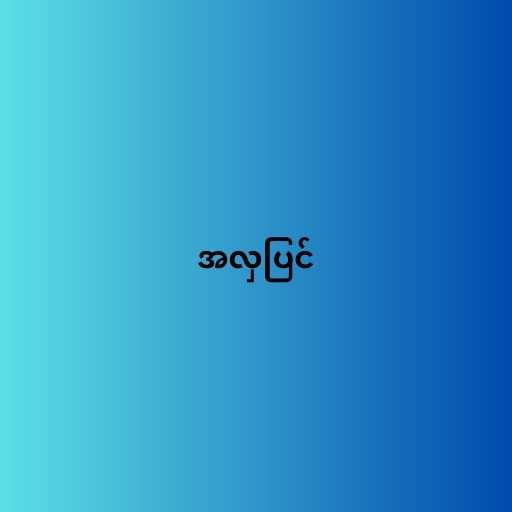
အလှပြင်